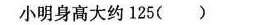
小明身高大约125( )